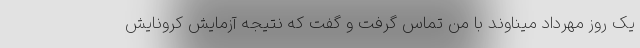
یک روز مهرداد میناوند با من تماس گرفت و گفت که نتیجه آزمایش کرونایش